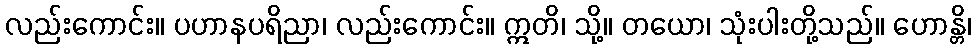
လည်းကောင်း။ ပဟာနပရိညာ၊ လည်းကောင်း။ ဣတိ၊ သို့။ တယော၊ သုံးပါးတို့သည်။ ဟောန္တိ၊